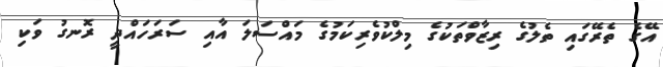
އޭގެ ތެރޭގައި ތެލުގެ ރިޒާވްތަކުގެ މިލްކުވެރިކަމުގެ މައްސަލަ އާއި ސަރަހައްދީ ރޮނގު ވަކި